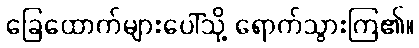
ခြေထောက်များပေါ်သို့ ရောက်သွားကြ၏။